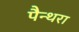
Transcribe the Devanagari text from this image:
पैन्थरा